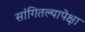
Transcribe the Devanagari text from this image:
सांगितल्यापेक्षा